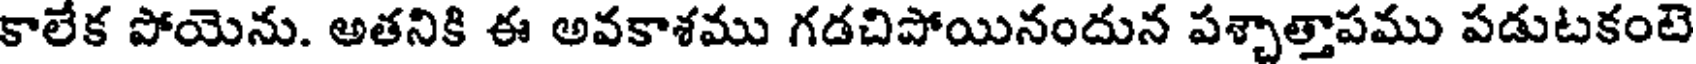
కాలేక పోయెను. అతనికి ఈ అవకాశము గడచిపోయినందున పశ్చాత్తాపము పడుటకంటె